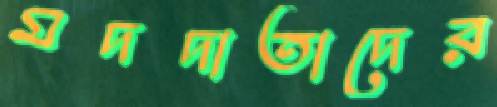
মদদাতাদের